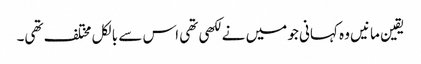
یقین مانیں وہ کہانی جو میں نے لکھی تھی اس سے بالکل مختلف تھی۔